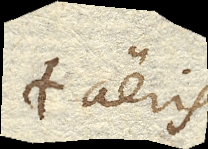
+ aeris